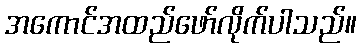
အကောင်အထည်ဖော်လိုက်ပါသည်။